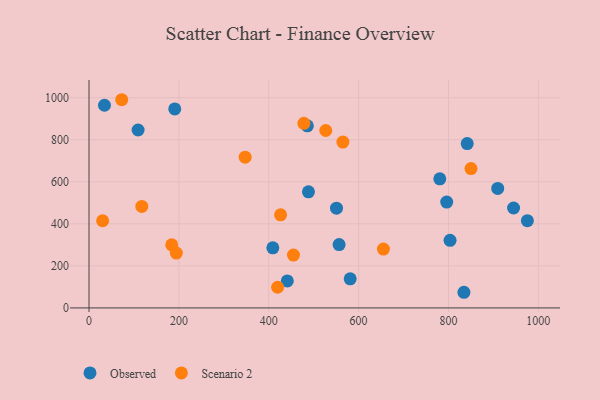
{"axis": {"x": "Engine Size", "y": "Yield"}, "legend": ["Observed", "Scenario 2"], "data": [{"x": "109.2", "y": 846.4, "type": "Observed"}, {"x": "581.3", "y": 138.6, "type": "Observed"}, {"x": "550.8", "y": 474.4, "type": "Observed"}, {"x": "834.4", "y": 74.4, "type": "Observed"}, {"x": "975.6", "y": 415.1, "type": "Observed"}, {"x": "796.1", "y": 503.4, "type": "Observed"}, {"x": "803.5", "y": 321.4, "type": "Observed"}, {"x": "190.8", "y": 946.7, "type": "Observed"}, {"x": "780.7", "y": 614.0, "type": "Observed"}, {"x": "944.9", "y": 475.2, "type": "Observed"}, {"x": "409.1", "y": 285.8, "type": "Observed"}, {"x": "909.6", "y": 568.5, "type": "Observed"}, {"x": "441.3", "y": 128.2, "type": "Observed"}, {"x": "556.6", "y": 301.4, "type": "Observed"}, {"x": "488.4", "y": 552.4, "type": "Observed"}, {"x": "34.4", "y": 964.2, "type": "Observed"}, {"x": "841.7", "y": 782.0, "type": "Observed"}, {"x": "485.9", "y": 866.2, "type": "Observed"}, {"x": "426.4", "y": 442.9, "type": "Scenario 2"}, {"x": "194.3", "y": 260.9, "type": "Scenario 2"}, {"x": "478.2", "y": 878.0, "type": "Scenario 2"}, {"x": "30.3", "y": 414.7, "type": "Scenario 2"}, {"x": "117.5", "y": 483.0, "type": "Scenario 2"}, {"x": "455.0", "y": 251.2, "type": "Scenario 2"}, {"x": "419.7", "y": 98.2, "type": "Scenario 2"}, {"x": "565.0", "y": 788.9, "type": "Scenario 2"}, {"x": "655.2", "y": 279.7, "type": "Scenario 2"}, {"x": "184.1", "y": 300.2, "type": "Scenario 2"}, {"x": "72.8", "y": 990.4, "type": "Scenario 2"}, {"x": "526.9", "y": 844.0, "type": "Scenario 2"}, {"x": "347.5", "y": 717.2, "type": "Scenario 2"}, {"x": "850.1", "y": 662.7, "type": "Scenario 2"}]}